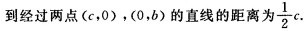
到经过两点(c，0)，(0，b)的直线的距离为$$\frac { 1 } { 2} c$$.